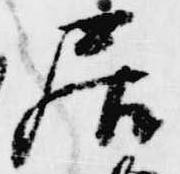
居